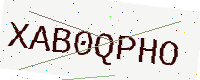
Text: XAB0QPHO